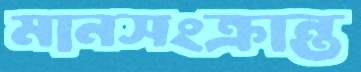
মানসংক্রান্ত